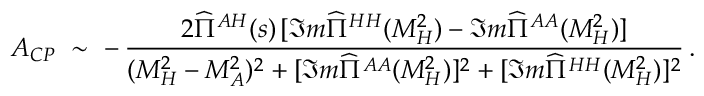
{ \cal A } _ { C P } \ \sim \ - \, \frac { 2 \widehat { \Pi } ^ { A H } ( s ) \, [ \Im m \widehat { \Pi } ^ { H H } ( M _ { H } ^ { 2 } ) - \Im m \widehat { \Pi } ^ { A A } ( M _ { H } ^ { 2 } ) ] } { ( M _ { H } ^ { 2 } - M _ { A } ^ { 2 } ) ^ { 2 } + [ \Im m \widehat { \Pi } ^ { A A } ( M _ { H } ^ { 2 } ) ] ^ { 2 } + [ \Im m \widehat { \Pi } ^ { H H } ( M _ { H } ^ { 2 } ) ] ^ { 2 } } \, .